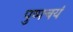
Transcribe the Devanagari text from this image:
पुष्पचयं